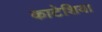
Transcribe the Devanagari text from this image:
काटेशिया